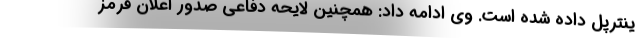
ینترپل داده شده است. وی ادامه داد: همچنین لایحه دفاعی صدور اعلان قرمز